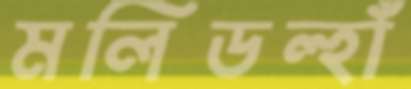
মলিডল্‌হাঁ